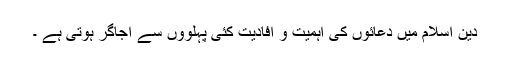
دین اسلام میں دعائوں کی اہمیت و افادیت کئی پہلووں سے اجاگر ہوتی ہے ۔